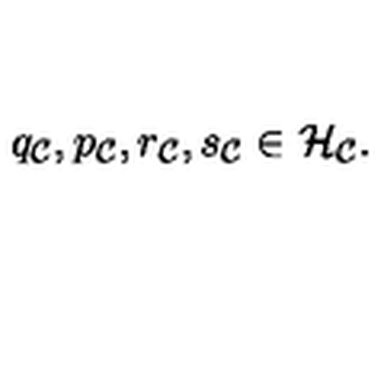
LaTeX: q _ { \cal C } , p _ { \cal C } , r _ { \cal C } , s _ { \cal C } \in { \cal H } _ { \cal C } .